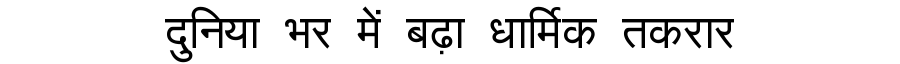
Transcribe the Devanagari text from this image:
दुनिया भर में बढ़ा धार्मिक तकरार